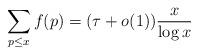
LaTeX: \begin{align*}\sum _{p\leq x} f(p)=(\tau +o(1)) \frac{x}{\log x}\end{align*}